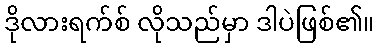
ဒိုလားရက်စ် လိုသည်မှာ ဒါပဲဖြစ်၏။